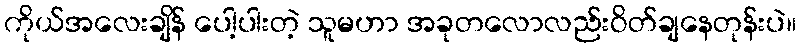
ကိုယ်အလေးချိန် ပေါ့ပါးတဲ့ သူမဟာ အခုတလောလည်းဝိတ်ချနေတုန်းပဲ။